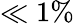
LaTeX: \ll 1\%